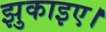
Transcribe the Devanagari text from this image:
झुकाइए।